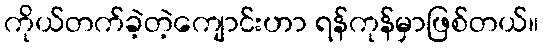
ကိုယ်တက်ခဲ့တဲ့ကျောင်းဟာ ရန်ကုန်မှာဖြစ်တယ်။